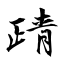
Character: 靕